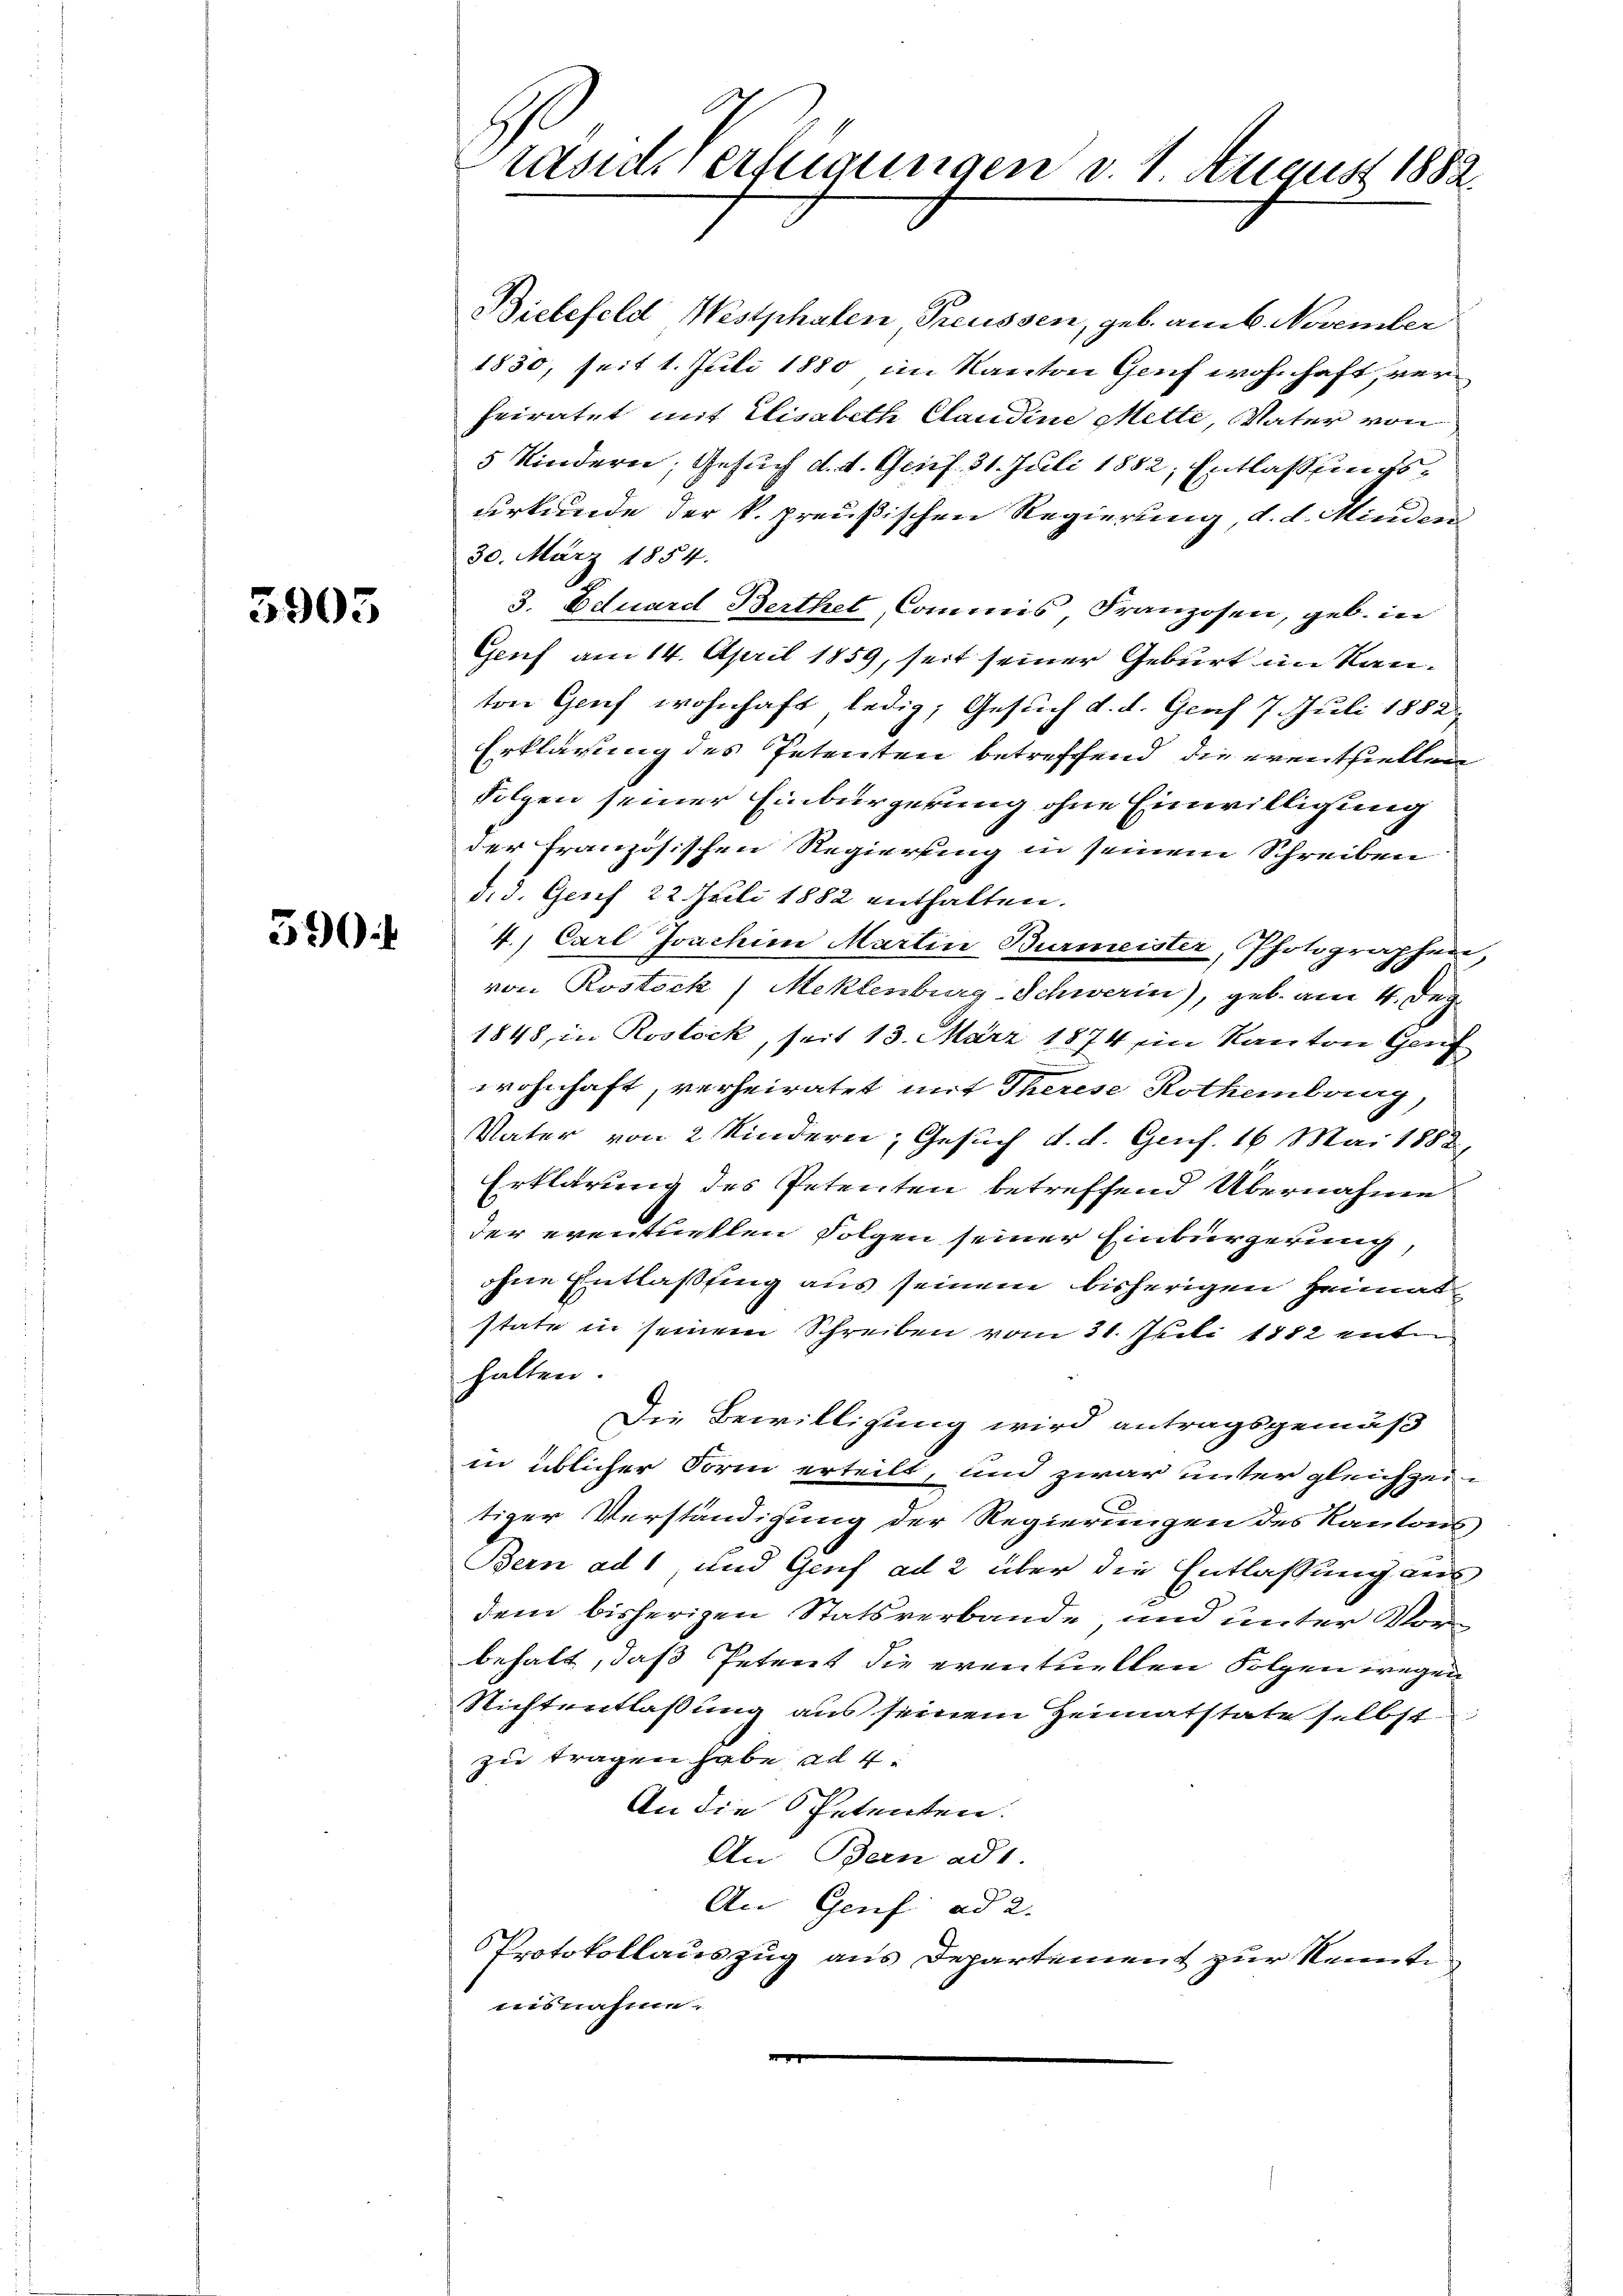
5903

390

rasid. Verfügungen d. 1 August 1882.

Bielefeld Westphalen Treussen, geb. am 6. November
1830, seit 1. Juli 1880 im Kanton Genf wohnhaft, verheiratet mit Elisabeth Claudine Mette, Vater von
5 Kindern, Gesuch d. d. Genf 31. Juli 1882, Entlaßungsurkunde der k. preußischen Regierung, d. d. Minden
30. März 1854.
3. Eduard Berthet Commis Franzosen, geb. in
Genf am 14. April 1859, seit seiner Geburt im Kanton Genf wohnhaft ledig, Gesuch d. d. Graf 7. Juli 1882
Erklärung des Petenten betreffend die eventiellen
Folgen seiner Einbürgerung ohne Einwilligung
der französischen Regierung in seinem Schreiben
d. d. Geses 22. Juli 1882 enthalten.
4.) Carl Joachine Martin Burmeister, Photographen
von Rostock (Meklenburg-Schwerin), geb. am 4. Dez.
1848, in Rostock, seit 13. März 1874 ein Kanton Gauf
wohnhaft, verheiratet mit Therese Rothembrurg
Vater von 2 Kindern, Gesuch d. d. Genf. 16 Mai 1882
Erklärung des Petenten betreffend Übernahme
der eventuellen folgen seiner Einbürgerung,
ohne Entlaßung aus seinem bisherigen Heimatstate in seinem Schreiben vom 31. Juli 1882 ente
halten.
Die Bewilligung wird antragsgemäß
in üblicher Form erteilt, und zwar unter gleichzei
tiger Verständigung der Regierungen des Kantons
Bern ad 1, und Genf ad 2 über die Entlassung aus
dem bisherigen Statsverbande und unter Vorbehalt, daß Petent die eventuellen Folgen wegen
Richtentlassung aus seinem Heimatstate selbst
zu tragen habe ad 4.
An die Petenten.
An Bern ad 1.
An Genf ad 2.
Protokollauszug aus Departement zur Kennte
nisnahme.